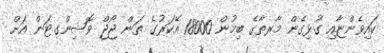
ކައިވެންޏާއި ގުޅިގެން މާރތާގެ ބިމުން 18000 އޭކަރުގެ ތަން ޖޯޖް ވޮޝިންގޓަން އަށް